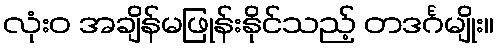
လုံးဝ အချိန်မဖြုန်းနိုင်သည့် တဒင်္ဂမျိုး။